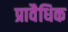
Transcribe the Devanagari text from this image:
प्रावैधिक